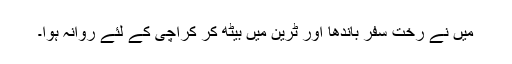
میں نے رخت سفر باندھا اور ٹرین میں بیٹھ کر کراچی کے لئے روانہ ہوا۔